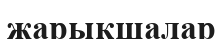
жарықшалар